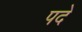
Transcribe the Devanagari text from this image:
पदें